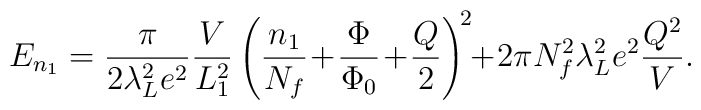
E_{n_1}=\frac{\pi }{2\lambda_L^2e^2}    \frac{V}{L_1^2}\left(\frac{n_1}{N_f}\!+\!\frac{\Phi}{\Phi_0}    \!+\!\frac{Q}{2}\right)^{\!2}\!\!+\!2\pi N_f^2\lambda_L^2    e^2\frac{Q^2}{V}.